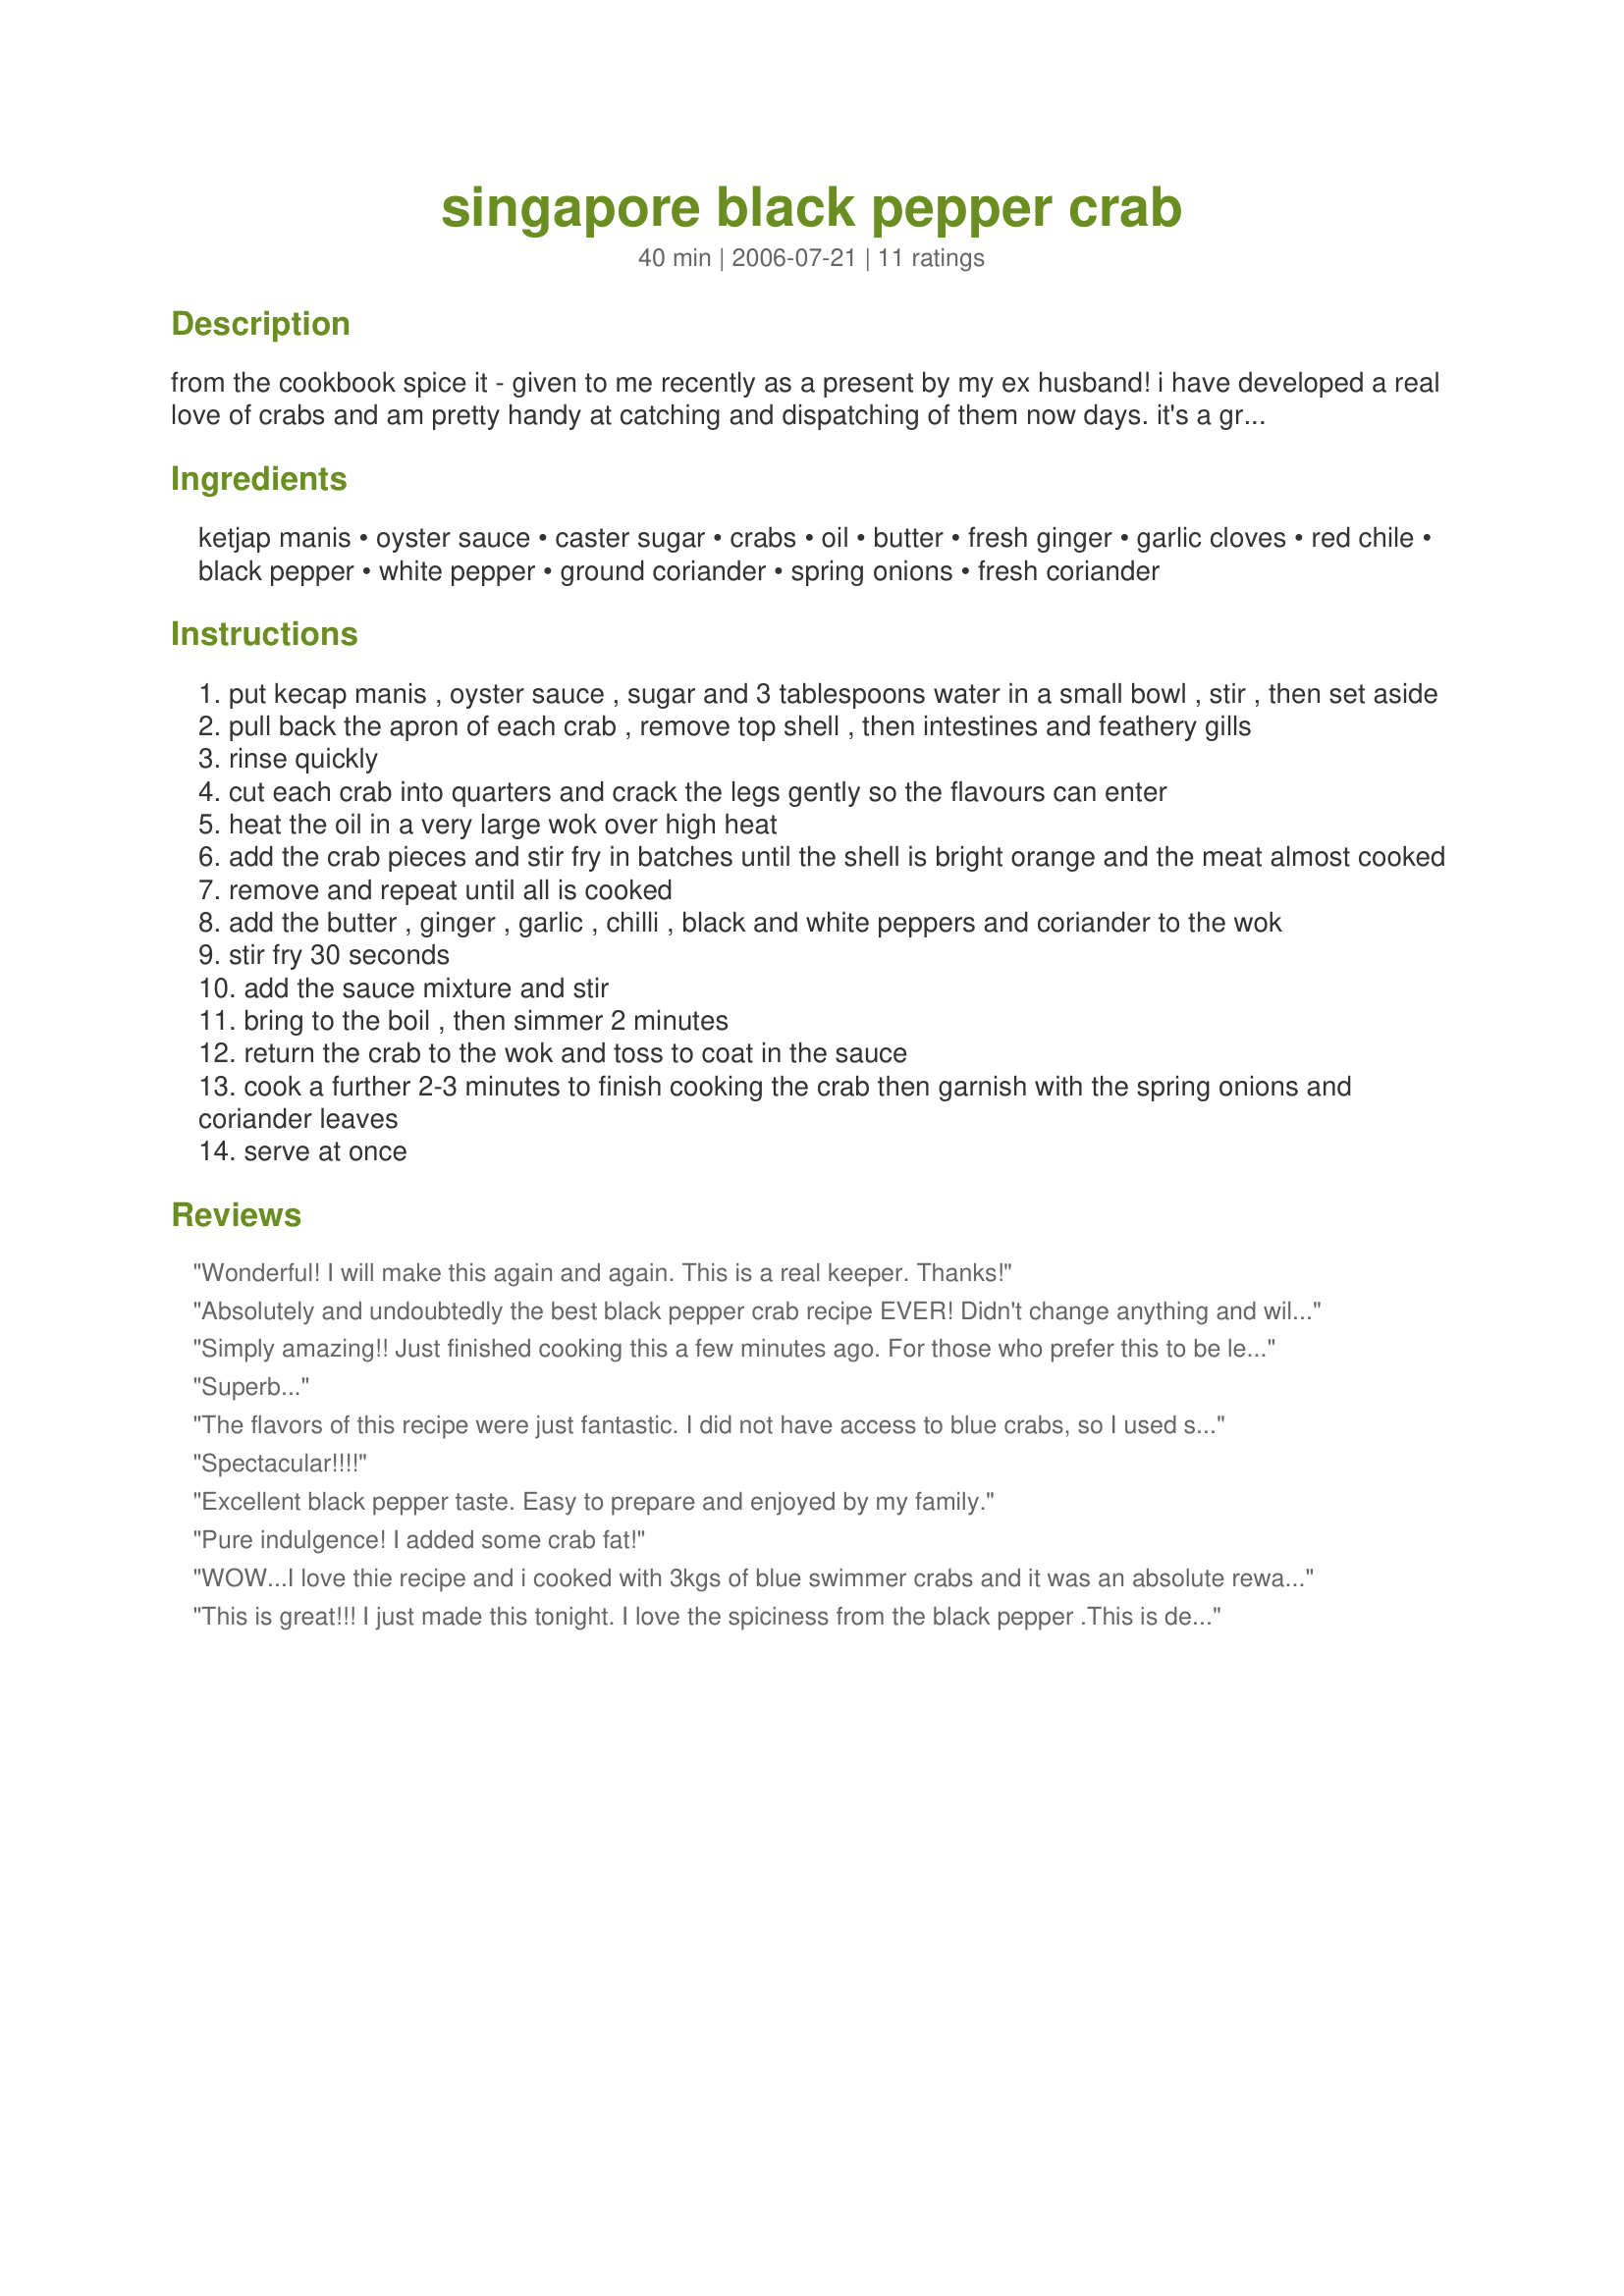
singapore black pepper crab
Preparation time: 40 minutes

from the cookbook spice it - given to me recently as a present by my ex husband!

i have developed a real love of crabs and am pretty handy at catching and dispatching of them now days. it's a great way to fill in a few hours: catching, cooking, cleaning and picking or eating them and makes me feel like a real "hunter and gatherer"!

Ingredients:
ketjap manis, oyster sauce, caster sugar, crabs, oil, butter, fresh ginger, garlic cloves, red chile, black pepper, white pepper, ground coriander, spring onions, fresh coriander

Steps:
put kecap manis , oyster sauce , sugar and 3 tablespoons water in a small bowl , stir , then set aside
pull back the apron of each crab , remove top shell , then intestines and feathery gills
rinse quickly
cut each crab into quarters and crack the legs gently so the flavours can enter
heat the oil in a very large wok over high heat
add the crab pieces and stir fry in batches until the shell is bright orange and the meat almost cooked
remove and repeat until all is cooked
add the butter , ginger , garlic , chilli , black and white peppers and coriander to the wok
stir fry 30 seconds
add the sauce mixture and stir
bring to the boil , then simmer 2 minutes
return the crab to the wok and toss to coat in the sauce
cook a further 2-3 minutes to finish cooking the crab then garnish with the spring onions and coriander leaves
serve at once

Reviews:
Wonderful! I will make this again and again. This is a real keeper. Thanks!
Absolutely and undoubtedly the best black pepper crab recipe EVER! Didn't change anything and will only use this recipe from now on! Disclaimer: this is a review from a Singaporean who is crazy about spicy peppery crabs!
Simply amazing!! Just finished cooking this a few minutes ago. For those who prefer this to be less sweet, reduce sugar and the ketjap manis or simply omit sugar and replace the ketjap manis with normal dark soy sauce. Careful with certain brand of oyster sauce that could make your dish a little salty. Luckily mine turn out to be perfect 10/10. Highly recommended!
Superb...
The flavors of this recipe were just fantastic. I did not have access to blue crabs, so I used snow crabs instead, and took the time to split the shells to get all that flavor into the crab meat. Loved it! Thank you JustJanS for sharing the recipe.
Spectacular!!!!
Excellent black pepper taste. Easy to prepare and enjoyed by my family.
Pure indulgence! I added some crab fat!
WOW...I love thie recipe and i cooked with 3kgs of blue swimmer crabs and it was an absolute rewarding dish with tons of compliments. I doubled the black pepper sauce recipe as I liked more sauce on my crabs. My heartfelt of thanks to the Chef JustJanS.
This is great!!! I just made this tonight. I love the spiciness from the black pepper .This is definitely a favourite. I added 1/2 a cup of chicken broth and used 2 teaspoon of black pepper. I think its a bit too sweet for my taste so next time, I will reduce the ketjap manis a little bit. Thanks for sharing this reciope with us!
Thanks for the recipe. Followed this and the crab was delicious! The only thing I changed was that I boiled the crab instead of frying them - healthier and tastier in my view!<br/><br/>Thanks again!
